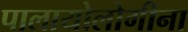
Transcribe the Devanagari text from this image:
पालायोलोगीना